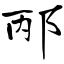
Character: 邴